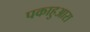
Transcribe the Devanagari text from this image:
पकाहुआरा